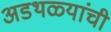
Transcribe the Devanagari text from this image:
अडथळ्यांची